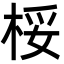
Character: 桵